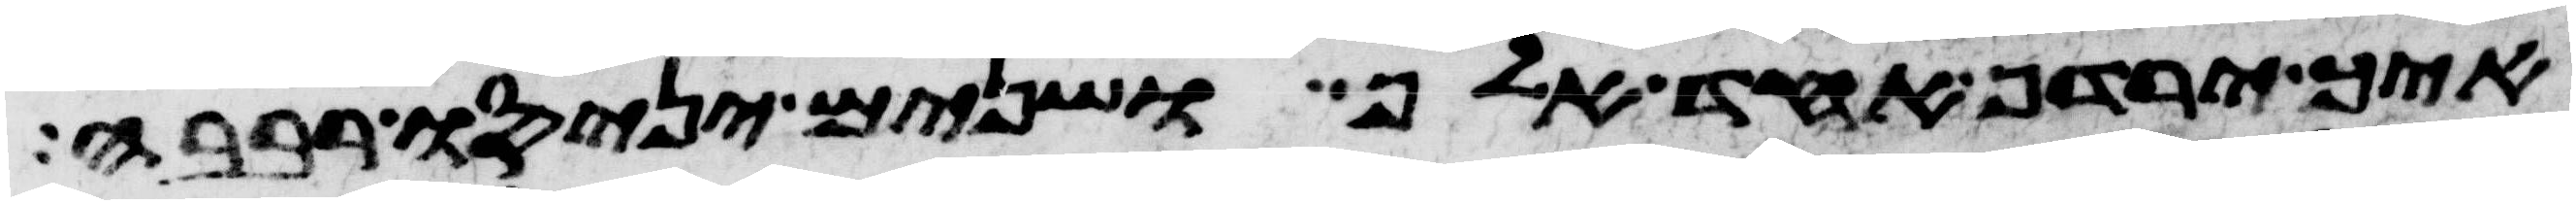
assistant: איך ירדף אחד אלף ושנים יניסו רבבה